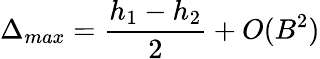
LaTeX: \Delta_{max}=\frac{h_{1}-h_{2}}{2}+O(B^{2})